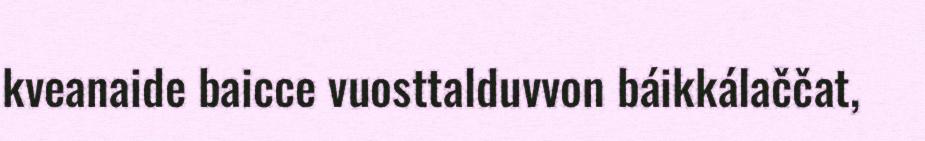
kveanaide baicce vuosttalduvvon báikkálaččat,